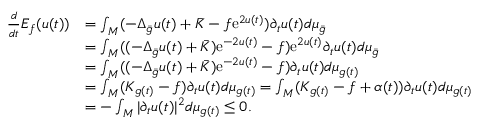
\begin{array} { r l } { \frac { d } { d t } E _ { f } ( u ( t ) ) } & { = \int _ { M } ( - \Delta _ { \bar { g } } u ( t ) + \bar { K } - f \mathrm { e } ^ { 2 u ( t ) } ) \partial _ { t } u ( t ) d \mu _ { \bar { g } } } \\ & { = \int _ { M } ( ( - \Delta _ { \bar { g } } u ( t ) + \bar { K } ) \mathrm { e } ^ { - 2 u ( t ) } - f ) \mathrm { e } ^ { 2 u ( t ) } \partial _ { t } u ( t ) d \mu _ { \bar { g } } } \\ & { = \int _ { M } ( ( - \Delta _ { \bar { g } } u ( t ) + \bar { K } ) \mathrm { e } ^ { - 2 u ( t ) } - f ) \partial _ { t } u ( t ) d \mu _ { g ( t ) } } \\ & { = \int _ { M } ( K _ { g ( t ) } - f ) \partial _ { t } u ( t ) d \mu _ { g ( t ) } = \int _ { M } ( K _ { g ( t ) } - f + \alpha ( t ) ) \partial _ { t } u ( t ) d \mu _ { g ( t ) } } \\ & { = - \int _ { M } | \partial _ { t } u ( t ) | ^ { 2 } d \mu _ { g ( t ) } \le 0 . } \end{array}